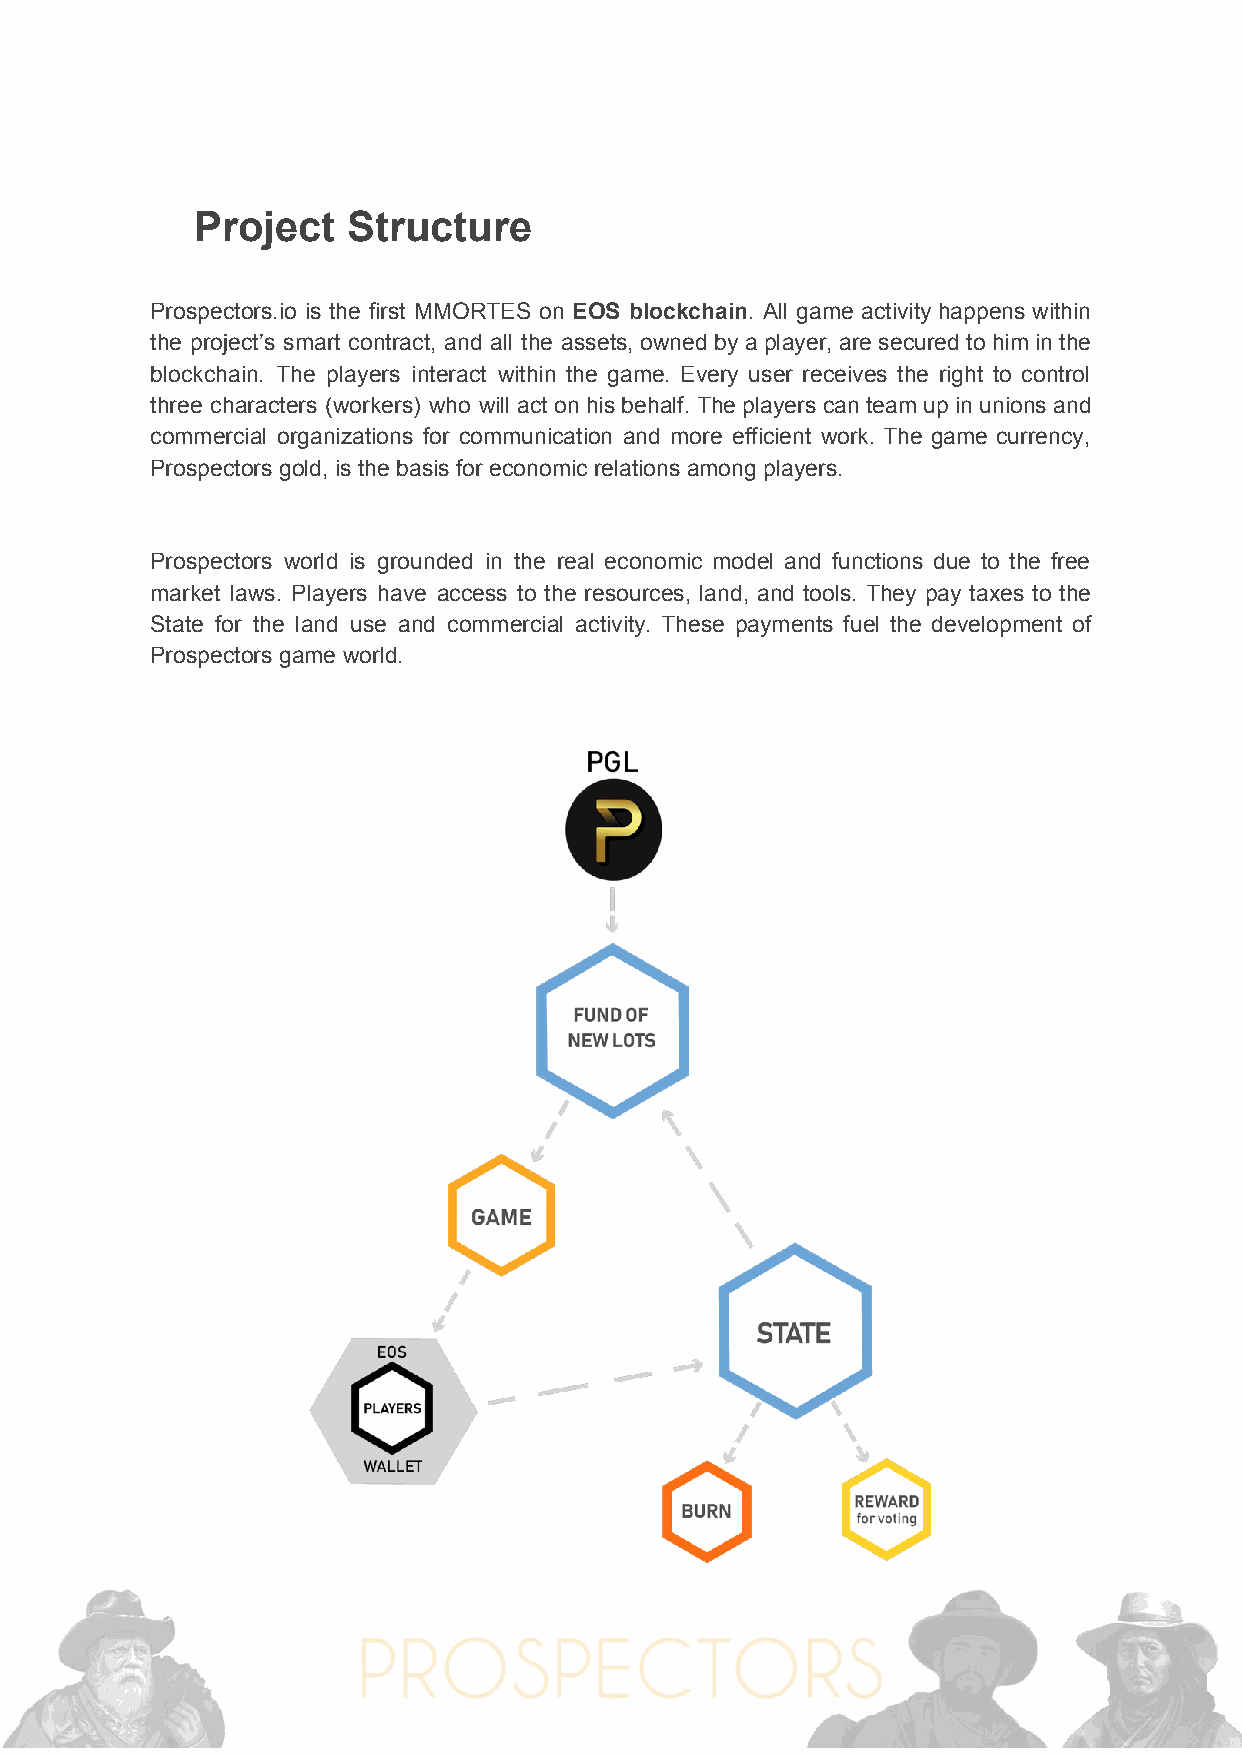
Project   Structure
 Prospectors.io is the first MMORTES on ​EOS ​blockchain​. All game activity happens within
 the project’s smart contract, and all the assets, owned by a player, are secured to him in the
 blockchain. The players interact within the game. Every user receives the right to control
 three characters (workers) who will act on his behalf. The players can team up in unions and
 commercial organizations for communication and more efficient work. The game currency,
 Prospectors gold, is the basis for economic relations among players.
 Prospectors world is grounded in the real economic model and functions due to the free
 market laws. Players have access to the resources, land, and tools. They pay taxes to the
 State for the land use and commercial activity. These payments fuel the development of
 Prospectors game world.